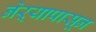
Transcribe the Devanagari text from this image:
नेऱ्यापासून